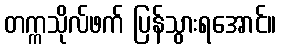
တက္ကသိုလ်ဖက် ပြန်သွားရအောင်။